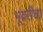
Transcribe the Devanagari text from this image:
भूवरीचा